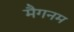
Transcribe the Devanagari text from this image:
मैगनम